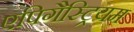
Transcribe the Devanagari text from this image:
एपिगैस्ट्रियम